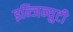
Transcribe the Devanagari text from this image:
इन्जिन्युटी